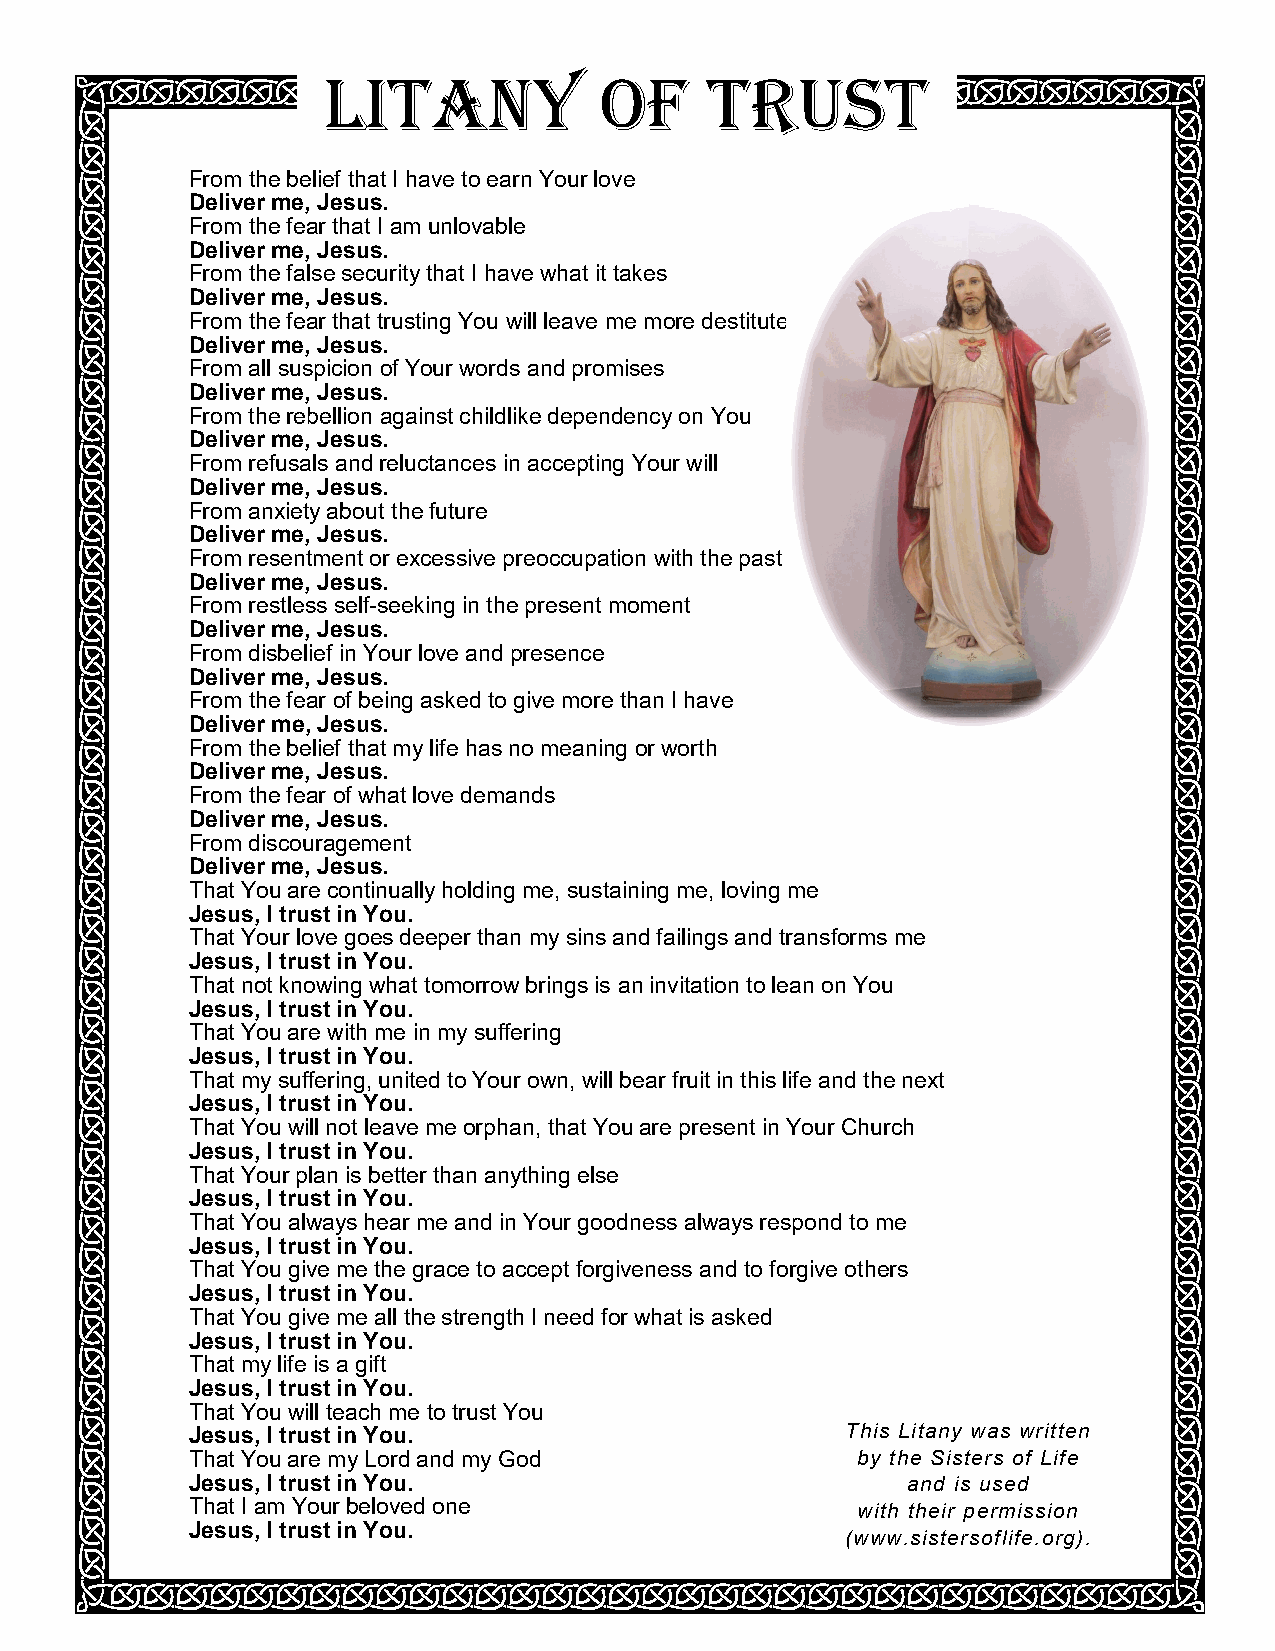
Litany             of     Trust
 From the belief that I have to earn Your love
 Deliver me, Jesus.
 From the fear that I am unlovable
 Deliver me, Jesus.
 From the false security that I have what it takes
 Deliver me, Jesus.
 From the fear that trusting You will leave me more destitute
 Deliver me, Jesus.
 From all suspicion of Your words and promises
 Deliver me, Jesus.
 From the rebellion against childlike dependency on You
 Deliver me, Jesus.
 From refusals and reluctances in accepting Your will
 Deliver me, Jesus.
 From anxiety about the future
 Deliver me, Jesus.
 From resentment or excessive preoccupation with the past
 Deliver me, Jesus.
 From restless self-seeking in the present moment
 Deliver me, Jesus.
 From disbelief in Your love and presence
 Deliver me, Jesus.
 From the fear of being asked to give more than I have
 Deliver me, Jesus.
 From the belief that my life has no meaning or worth
 Deliver me, Jesus.
 From the fear of what love demands
 Deliver me, Jesus.
 From discouragement
 Deliver me, Jesus.
 That You are continually holding me, sustaining me, loving me
 Jesus, I trust in You.
 That Your love goes deeper than my sins and failings and transforms me
 Jesus, I trust in You.
 That not knowing what tomorrow brings is an invitation to lean on You
 Jesus, I trust in You.
 That You are with me in my suffering
 Jesus, I trust in You.
 That my suffering, united to Your own, will bear fruit in this life and the next
 Jesus, I trust in You.
 That You will not leave me orphan, that You are present in Your Church
 Jesus, I trust in You.
 That Your plan is better than anything else
 Jesus, I trust in You.
 That You always hear me and in Your goodness always respond to me
 Jesus, I trust in You.
 That You give me the grace to accept forgiveness and to forgive others
 Jesus, I trust in You.
 That You give me all the strength I need for what is asked
 Jesus, I trust in You.
 That my life is a gift
 Jesus, I trust in You.
 That You will teach me to trust You
 Jesus, I trust in You.                      This Litany was written
 That You are my Lord and my God              by the Sisters of Life
 Jesus, I trust in You.                          and is used
 That I am Your beloved one                   with their permission
 Jesus, I trust in You.
 (www.sistersoflife.org).